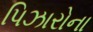
પિઝારોના